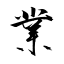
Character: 業